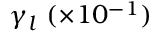
\gamma _ { l } ~ ( \times 1 0 ^ { - 1 } )